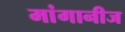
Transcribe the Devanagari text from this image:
मांगानीज